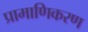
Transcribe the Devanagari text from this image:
प्रामाणिकरण